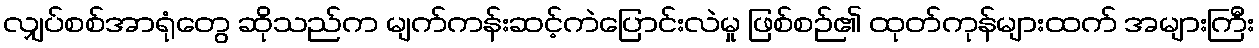
လျှပ်စစ်အာရုံတွေ ဆိုသည်က မျက်ကန်းဆင့်ကဲပြောင်းလဲမှု ဖြစ်စဉ်၏ ထုတ်ကုန်များထက် အများကြီး